system: You are a helpful assistant.
user:
Analyze the provided spectrum to determine if it is a **Carbon Star (C-type)**.

- **Key Visual Indicators of Carbon Star:**
    - **(Primary):** Strong molecular absorption from **C₂ (diatomic carbon) "Swan Bands."** This is the **defining feature** of a carbon star.
        - **(Key Bandheads):** Sharp absorption edges are visible at approximately $5635$ Å, $5165$ Å (the strongest band), and $4737$ Å.
        - **(Line Profile):** Creates a distinct **"saw-tooth"** pattern. The key morphology is a sharp, steep bandhead on the **red (long-wavelength) side**, which then gradually tapers off (i.e., flux recovers) towards the **blue (short-wavelength) side**. *(This is the direct opposite of the TiO bands seen in M-type stars)*.

    - **(Secondary):** Intense **CN (cyanogen)** molecular absorption bands.
        - **(Key Bandheads):** Located in the blue and violet regions of the spectrum (e.g., near $4215$ Å and $3883$ Å).
        - **(Morphology):** These bands are extremely broad and act as a "blanket," absorbing the vast majority of blue and violet light. This creates a characteristic **"cliff"** or **"steep drop-off"** in the spectrum's flux at short wavelengths.

    - **(Key Confirmation):** Strong **CH absorption band (G-band)**.
        - **(Key Bandhead):** Located around $4300$ Å. The contribution from CH molecules to this band is exceptionally strong.

    - **(Overall Spectrum):**
        - The continuum is severely "chopped up" by these deep molecular bands, especially C₂, rather than appearing as a smooth curve.
        - Due to the heavy CN and C₂ absorption in the blue-green, the vast majority of the star's flux is concentrated in the red part of the spectrum, giving the star its characteristic deep red color.

Think first, call **spectral_visualization_tool** if needed to examine features in detail, then provide your final answer. Your response must adhere to the following strict rules:
1.  **Overall Structure:** Your response must follow the format `<think>...</think> <tool_call>...</tool_call> (if a tool is used) <answer>...</answer>`.
2.  **Tool Usage Constraint:** You may only make **one** tool call per turn.
3.  **Final Answer Format:** In the `<answer>` tag, your conclusion must be inside a `\boxed{}` command (e.g., `\boxed{YES}`), followed by your justification.

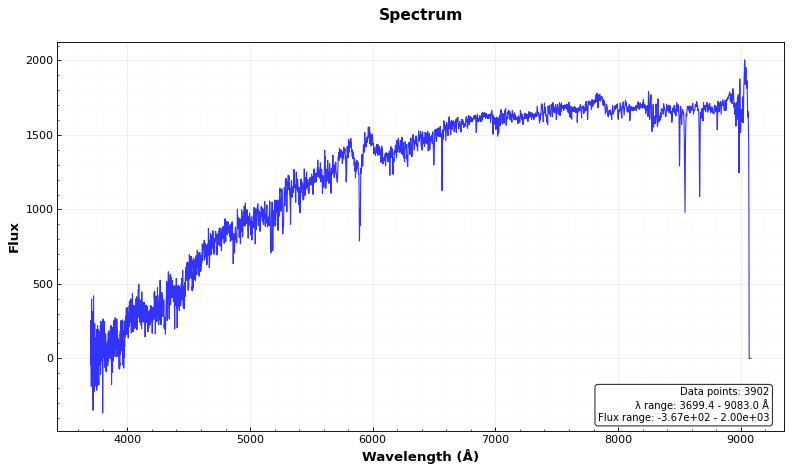
Answer: NO